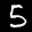
Label: 5